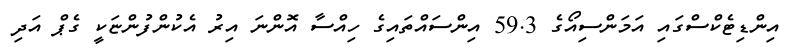
އިންޑިޓެކްސްގައި އަމަންސިއޯގެ 59.3 އިންސައްތައިގެ ހިއްސާ އޮންނަ އިރު އެކުންފުންޏަކީ ގެޕް އަދި